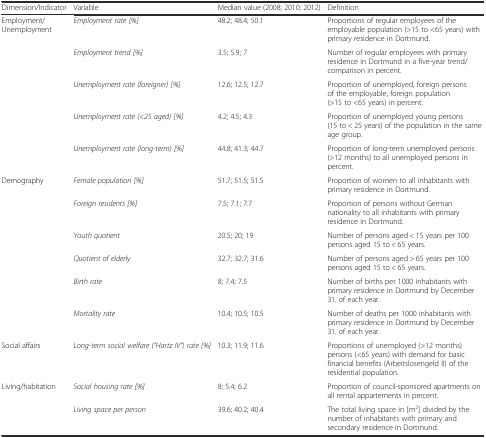
<table><thead><tr><td><b>Dimension/Indicator</b></td><td><b>Variable</b></td><td><b>Median value (2008; 2010; 2012)</b></td><td><b>Definition</b></td></tr></thead><tbody><tr><td>Employment/Unemployment</td><td><i>Employment rate [%]</i></td><td>48.2; 48.4; 50.1</td><td>Proportions of regular employees of the employable population (&gt;15 to &lt;65 years) with primary residence in Dortmund.</td></tr><tr><td></td><td><i>Employment trend [%]</i></td><td>3.5; 5.9; 7</td><td>Number of regular employees with primary residence in Dortmund in a five-year trend/comparison in percent.</td></tr><tr><td></td><td><i>Unemployment rate (foreigner) [%]</i></td><td>12.6; 12.5; 12.7</td><td>Proportion of unemployed, foreign persons of the employable, foreign population (&gt;15 to &lt;65 years) in percent.</td></tr><tr><td></td><td><i>Unemployment rate (&lt;25 aged) [%]</i></td><td>4.2; 4.5; 4.3</td><td>Proportion of unemployed young persons (15 to &lt; 25 years) of the population in the same age group.</td></tr><tr><td></td><td><i>Unemployment rate (long-term) [%]</i></td><td>44.8; 41.3; 44.7</td><td>Proportion of long-term unemployed persons (&gt;12 months) to all unemployed persons in percent.</td></tr><tr><td>Demography</td><td><i>Female population [%]</i></td><td>51.7; 51.5; 51.5</td><td>Proportion of women to all inhabitants with primary residence in Dortmund.</td></tr><tr><td></td><td><i>Foreign residents [%]</i></td><td>7.5; 7.1; 7.7</td><td>Proportion of persons without German nationality to all inhabitants with primary residence in Dortmund.</td></tr><tr><td></td><td><i>Youth quotient</i></td><td>20.5; 20; 19</td><td>Number of persons aged &lt; 15 years per 100 persons aged 15 to &lt; 65 years.</td></tr><tr><td></td><td><i>Quotient of elderly</i></td><td>32.7; 32.7; 31.6</td><td>Number of persons aged &gt; 65 years per 100 persons aged 15 to &lt; 65 years.</td></tr><tr><td></td><td><i>Birth rate</i></td><td>8; 7.4; 7.5</td><td>Number of births per 1000 inhabitants with primary residence in Dortmund by December 31. of each year.</td></tr><tr><td></td><td><i>Mortality rate</i></td><td>10.4; 10.5; 10.5</td><td>Number of deaths per 1000 inhabitants with primary residence in Dortmund by December 31. of each year.</td></tr><tr><td>Social affairs</td><td><i>Long-term social welfare (“Hartz IV”) rate [%]</i></td><td>10.3; 11.9; 11.6</td><td>Proportions of unemployed (&gt;12 months) persons (&lt;65 years) with demand for basic financial benefits (Arbeitslosengeld II) of the residential population.</td></tr><tr><td>Living/habitation</td><td><i>Social housing rate [%]</i></td><td>8; 5.4; 6.2</td><td>Proportion of council-sponsored apartments on all rental appartements in percent.</td></tr><tr><td></td><td><i>Living space per person</i></td><td>39.6; 40.2; 40.4</td><td>The total living space in [m<sup>2</sup>] divided by the number of inhabitants with primary and secondary residence in Dortmund.</td></tr></tbody></table>